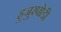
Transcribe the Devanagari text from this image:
हुजुरपोडी